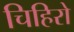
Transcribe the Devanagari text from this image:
चिहिरो